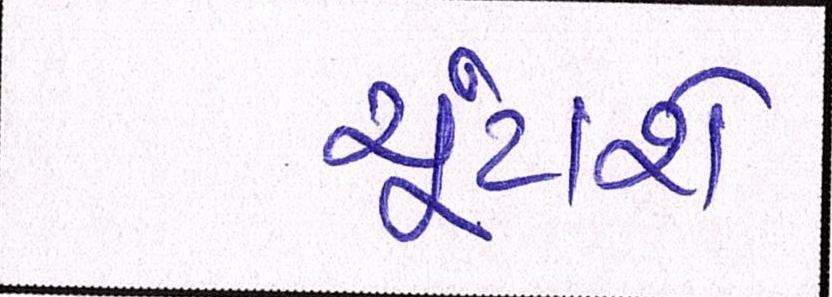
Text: ચૂંટાશે